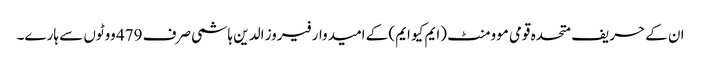
ان کے حریف متحدہ قومی موومنٹ (ایم کیو ایم) کے امیدوار فیروز الدین ہاشمی صرف 479 ووٹوں سے ہارے۔